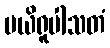
ပယိရူပါသတံ